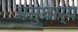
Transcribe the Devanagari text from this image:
असुधार्य